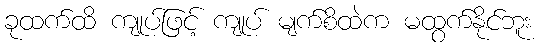
ခုထက်ထိ ကျုပ်ဖြင့် ကျုပ် မျက်စိထဲက မထွက်နိုင်ဘူး